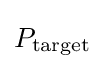
P_{\text{target}}